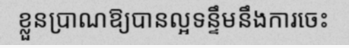
ខ្លួនប្រាណឱ្យបានល្អទន្ទឹមនឹងការចេះ